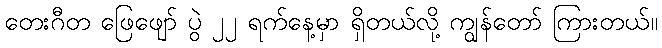
တေးဂီတ ဖြေဖျော် ပွဲ ၂၂ ရက်နေ့မှာ ရှိတယ်လို့ ကျွန်တော် ကြားတယ်။